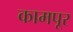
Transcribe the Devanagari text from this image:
कामपूर